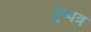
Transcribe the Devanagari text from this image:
पुष्पत्र